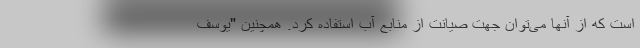
است که از آنها می‌توان جهت صیانت از منابع آب استفاده کرد. همچنین "یوسف